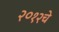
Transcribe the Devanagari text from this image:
२०१२चे